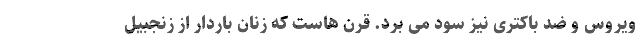
ویروس و ضد باکتری نیز سود می برد. قرن هاست که زنان باردار از زنجبیل